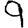
Digit: 9